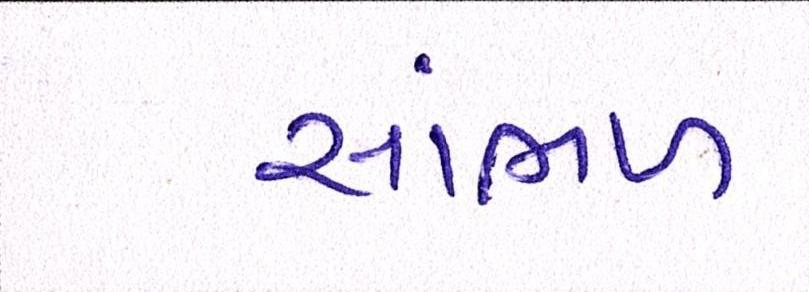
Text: સાંભળ